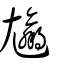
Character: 𡰠